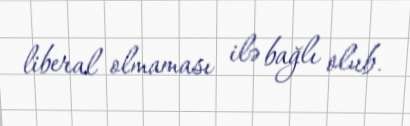
liberal olmaması ilə bağlı olub.